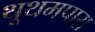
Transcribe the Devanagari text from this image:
थूथमपारा